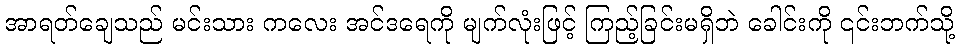
အာရတ်ချေသည် မင်းသား ကလေး အင်ဒရေကို မျက်လုံးဖြင့် ကြည့်ခြင်းမရှိဘဲ ခေါင်းကို ၎င်းဘက်သို့